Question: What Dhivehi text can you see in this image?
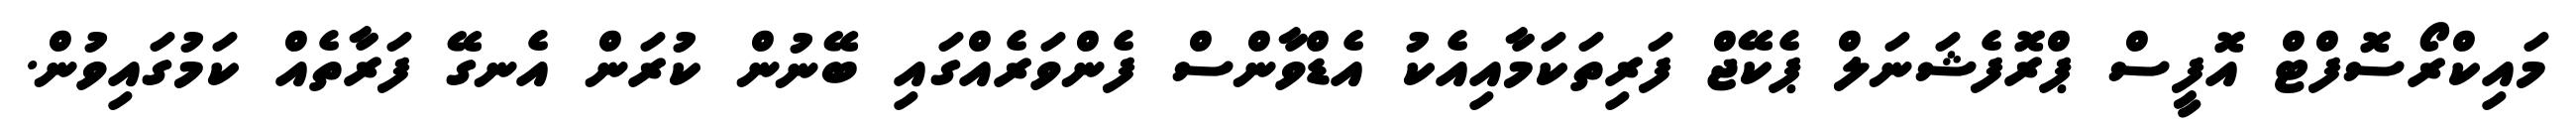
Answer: މައިކްރޯސޮފްޓް އޮފީސް ޕްރޮފެޝަނަލް ޕެކޭޖް ފަރިތަކަމާއިއެކު އެޑްވާންސް ފެންވަރެއްގައި ބޭނުން ކުރަން އެނގޭ ފަރާތެއް ކަމުގައިވުން.